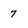
Character: 7